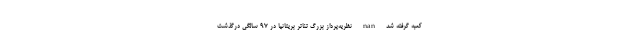
کعبه گرفته شد nan نظریه‌پرداز بزرگ تئاتر بریتانیا در ۹۷ سالگی درگذشت